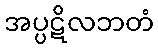
အပ္ပဋိလဘတံ